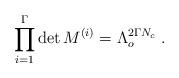
LaTeX: \begin{align*}\prod_{i=1}^{\Gamma}\det M^{(i)}=\Lambda_o^{2\Gamma N_c}\;.\end{align*}